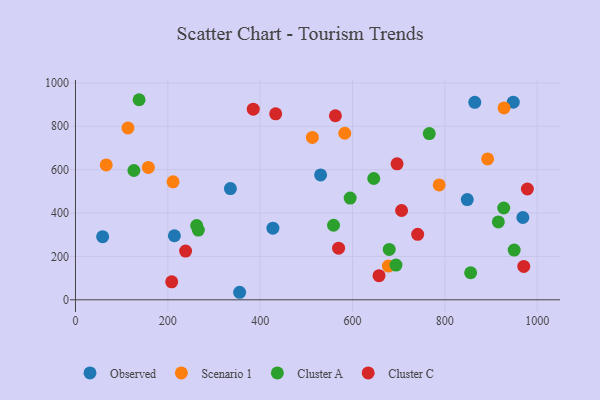
{"axis": {"x": "Study Hours", "y": "Profit"}, "legend": ["Cluster A", "Cluster C", "Observed", "Scenario 1"], "data": [{"x": "355.5", "y": 34.7, "type": "Observed"}, {"x": "530.9", "y": 575.8, "type": "Observed"}, {"x": "864.8", "y": 910.4, "type": "Observed"}, {"x": "848.5", "y": 462.0, "type": "Observed"}, {"x": "58.8", "y": 291.0, "type": "Observed"}, {"x": "214.2", "y": 295.4, "type": "Observed"}, {"x": "968.9", "y": 379.4, "type": "Observed"}, {"x": "335.5", "y": 512.9, "type": "Observed"}, {"x": "427.6", "y": 330.3, "type": "Observed"}, {"x": "948.1", "y": 911.3, "type": "Observed"}, {"x": "928.2", "y": 884.5, "type": "Scenario 1"}, {"x": "677.7", "y": 155.5, "type": "Scenario 1"}, {"x": "157.8", "y": 610.1, "type": "Scenario 1"}, {"x": "113.7", "y": 792.5, "type": "Scenario 1"}, {"x": "583.2", "y": 767.8, "type": "Scenario 1"}, {"x": "787.7", "y": 529.8, "type": "Scenario 1"}, {"x": "513.0", "y": 748.6, "type": "Scenario 1"}, {"x": "892.6", "y": 649.7, "type": "Scenario 1"}, {"x": "211.3", "y": 543.9, "type": "Scenario 1"}, {"x": "66.6", "y": 621.6, "type": "Scenario 1"}, {"x": "137.8", "y": 922.4, "type": "Cluster A"}, {"x": "262.5", "y": 342.0, "type": "Cluster A"}, {"x": "126.5", "y": 596.2, "type": "Cluster A"}, {"x": "694.1", "y": 160.0, "type": "Cluster A"}, {"x": "915.8", "y": 359.1, "type": "Cluster A"}, {"x": "646.0", "y": 559.3, "type": "Cluster A"}, {"x": "558.9", "y": 343.6, "type": "Cluster A"}, {"x": "766.2", "y": 766.2, "type": "Cluster A"}, {"x": "950.1", "y": 229.4, "type": "Cluster A"}, {"x": "855.8", "y": 124.6, "type": "Cluster A"}, {"x": "594.9", "y": 468.8, "type": "Cluster A"}, {"x": "927.5", "y": 423.3, "type": "Cluster A"}, {"x": "266.1", "y": 321.4, "type": "Cluster A"}, {"x": "679.5", "y": 232.4, "type": "Cluster A"}, {"x": "385.0", "y": 878.7, "type": "Cluster C"}, {"x": "238.5", "y": 224.6, "type": "Cluster C"}, {"x": "657.4", "y": 111.2, "type": "Cluster C"}, {"x": "433.6", "y": 857.3, "type": "Cluster C"}, {"x": "706.3", "y": 411.6, "type": "Cluster C"}, {"x": "208.4", "y": 83.0, "type": "Cluster C"}, {"x": "696.5", "y": 626.9, "type": "Cluster C"}, {"x": "569.8", "y": 238.1, "type": "Cluster C"}, {"x": "741.1", "y": 301.8, "type": "Cluster C"}, {"x": "562.9", "y": 848.6, "type": "Cluster C"}, {"x": "978.7", "y": 510.9, "type": "Cluster C"}, {"x": "970.9", "y": 154.0, "type": "Cluster C"}]}